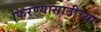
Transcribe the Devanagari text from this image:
फिरण्यासाठीच्या